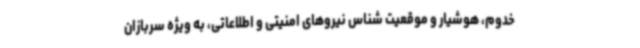
خدوم، هوشیار و موقعیت شناس نیروهای امنیتی و اطلاعاتی، به ویژه سربازان